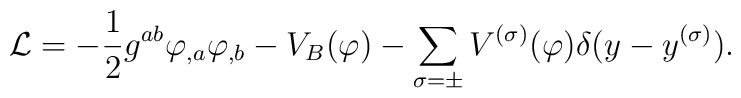
{\cal L}=-{1\over 2} g^{ab}\varphi_{,a}\varphi_{,b}          -V_B(\varphi)-\sum_{\sigma=\pm} V^{(\sigma)}(\varphi)              \delta(y-y^{(\sigma)}).